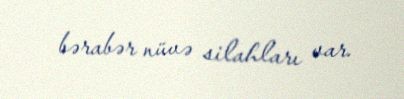
bərabər nüvə silahları var.